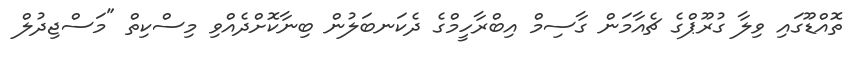
ތޮއްޑޫގައި ވިލާ ގުރޫޕްގެ ޗެއާމަން ގާސިމް އިބްރާހީމްގެ ދެކަނބަލުން ބިނާކޮށްދެއްވި މިސްކިތް "މަސްޖިދުލް